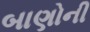
બાણોની